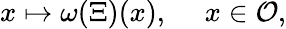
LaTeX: x\mapsto\omega(\Xi)(x),\quad\ x\in{\cal O},